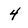
Character: 4